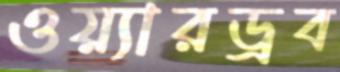
ওয়্যারড্রব